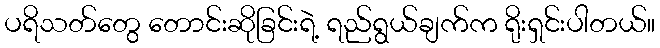
ပရိသတ်တွေ တောင်းဆိုခြင်းရဲ့ ရည်ရွယ်ချက်က ရိုးရှင်းပါတယ်။